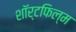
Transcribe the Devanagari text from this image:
शॉर्टफिल्म